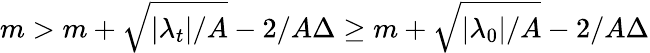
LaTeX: m>m+\sqrt{|\lambda_{t}|/A}-2/A\Delta\geq m+\sqrt{|\lambda_{0}|/A}-2/A\Delta